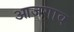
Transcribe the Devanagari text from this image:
आजगाव